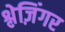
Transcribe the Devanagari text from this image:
श्लेज़िंगर